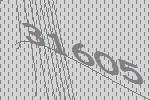
31605